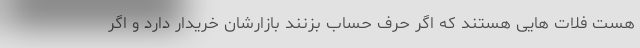
هست فلات هایی هستند که اگر حرف حساب بزنند بازارشان خریدار دارد و اگر